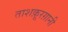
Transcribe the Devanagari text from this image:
ताशक़ूरग़ानी